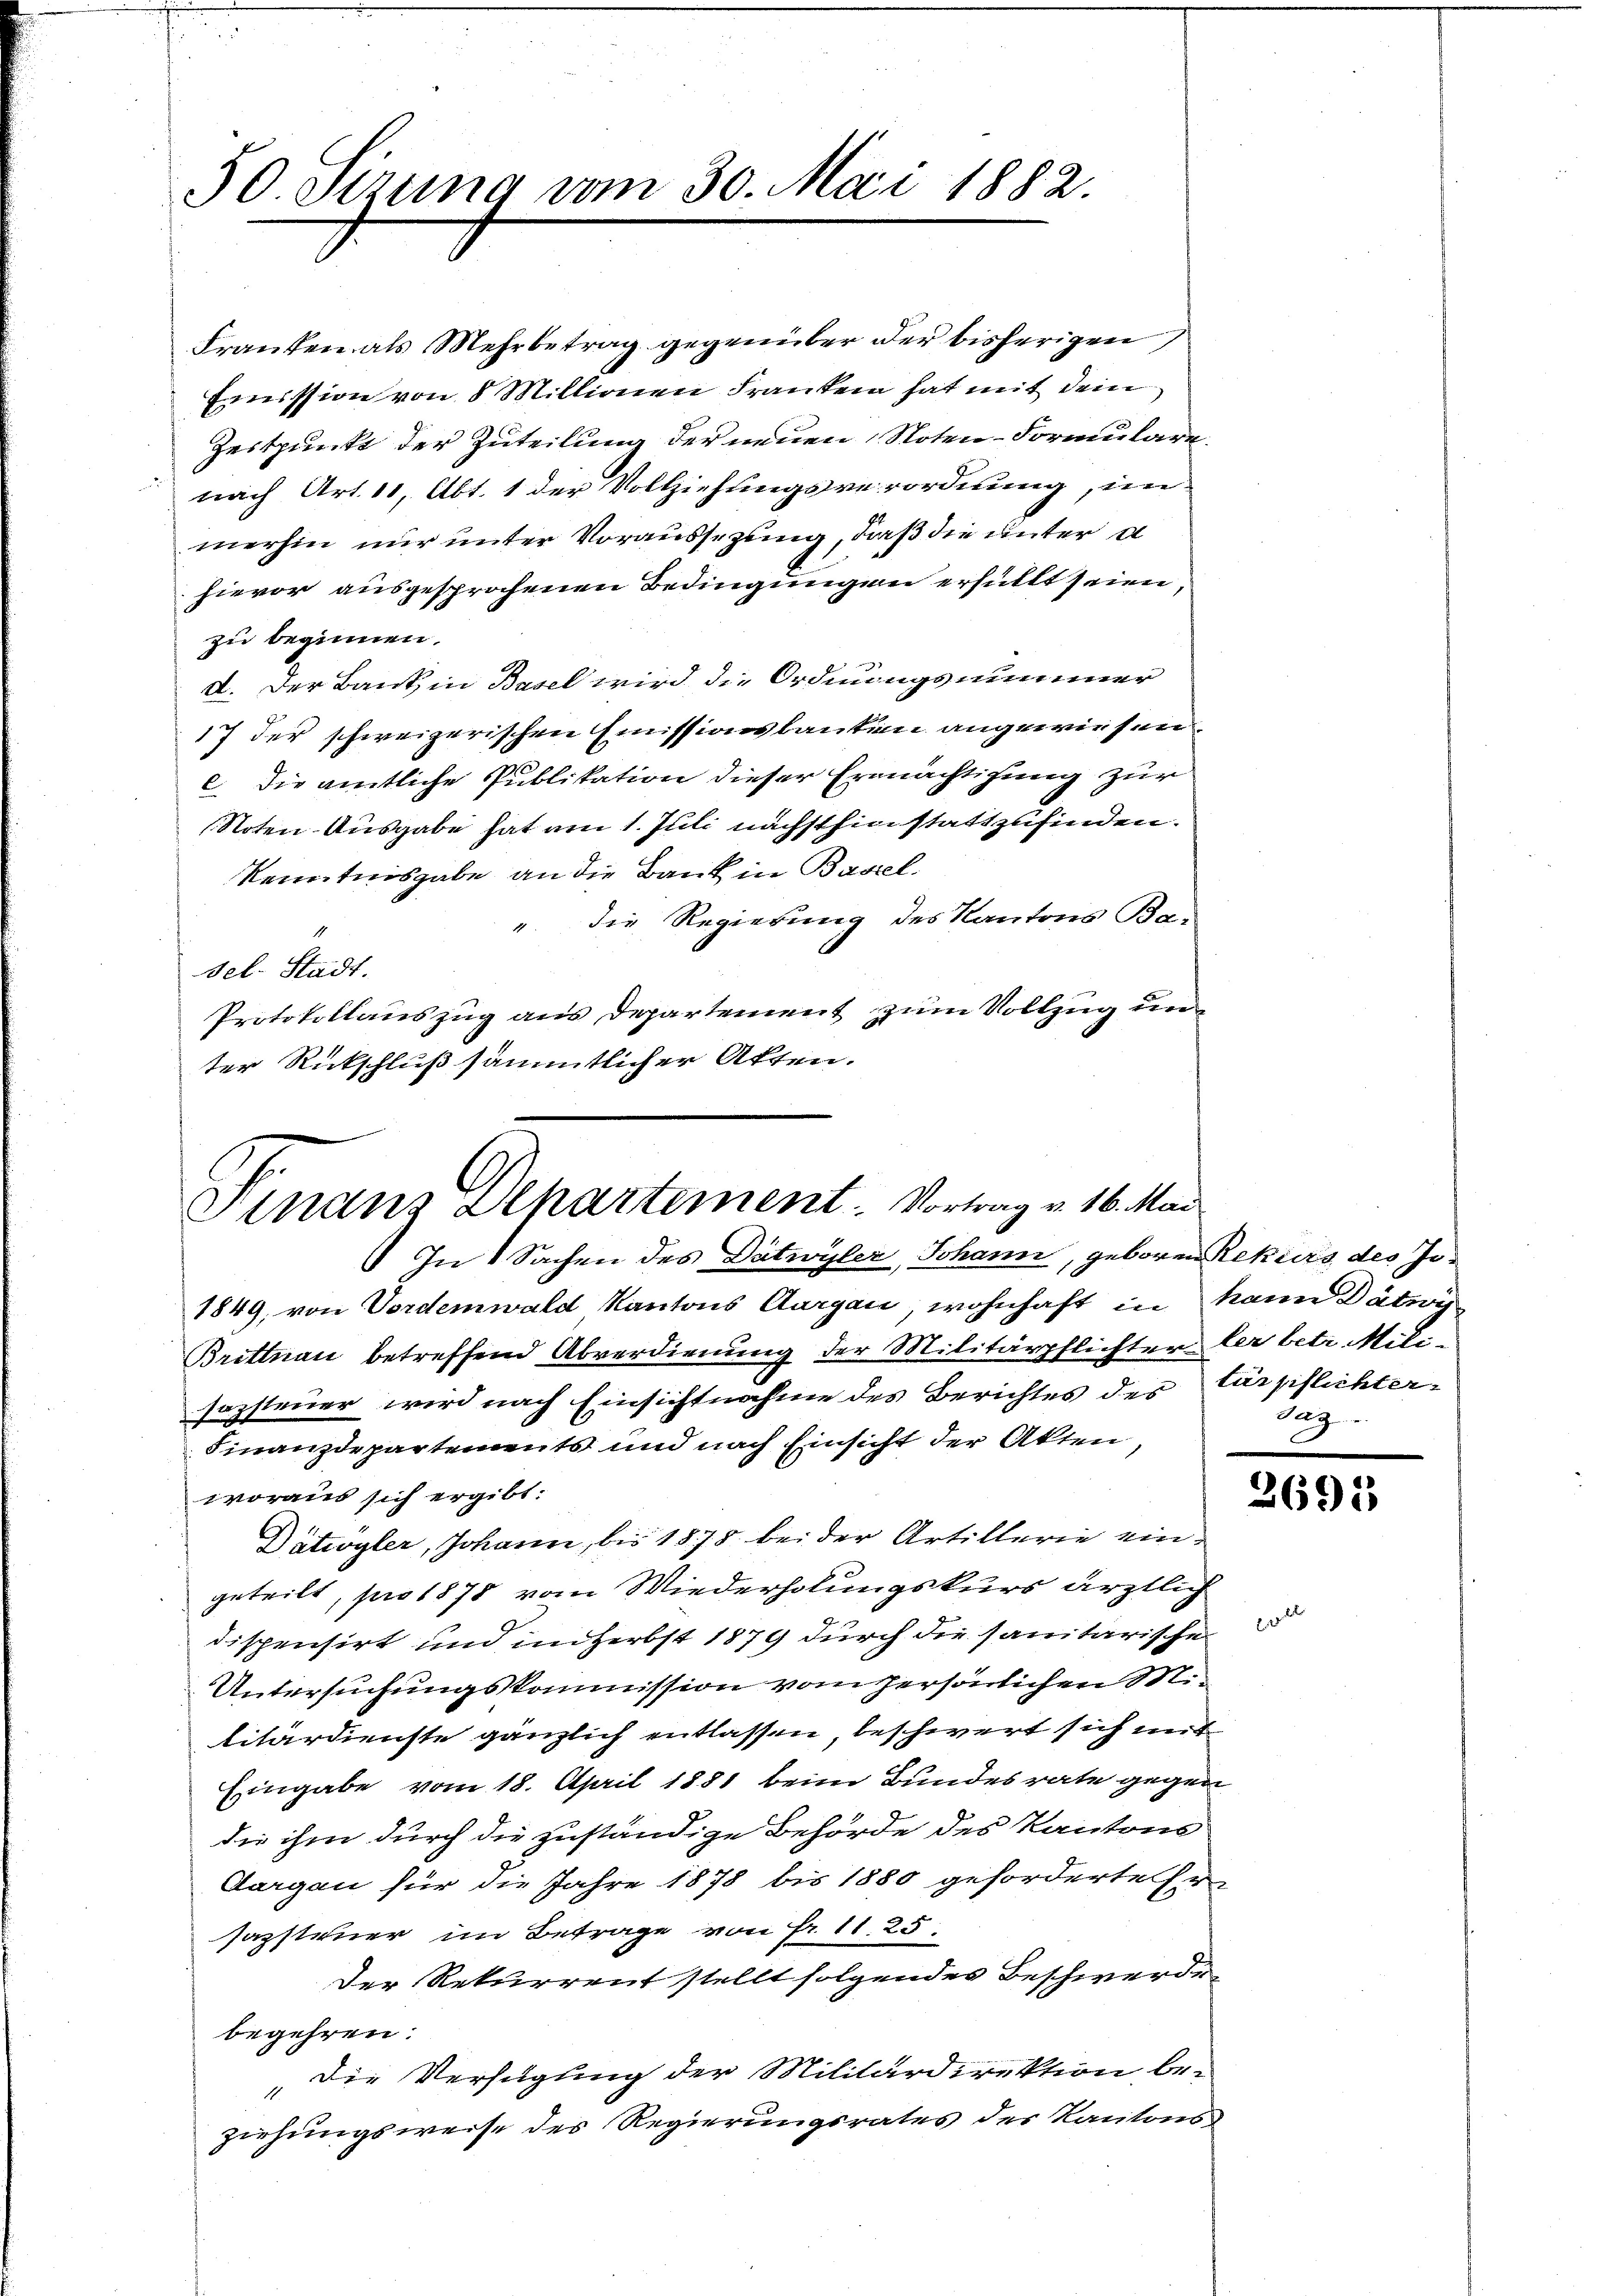
50. Sizung vom 30. Mai 1882.

Franken als Mehrbetrag gegenüber der bisherigen
Emission von 8 Millionen Frankein hat mit dem
Zeitpunkt der Zuteilung der neuen Noten-Formulare
nach Art. 11, Abt. 1 der Vollziehungsverordnung, im
merhin nur unter Voraussezung, daß die unter d
hievor ausgesprochenen Bedingungen erfüllt seien,
zu beginnen.
d. Der Bank, in Basel wird die Ordnungssummer
17 der schweizerischen Emissionsbauten angewiesen
c die amtliche Publikation dieser Ermächtigung zur
(Noten Ausgabe hat am 1. Juli nächsthin stattzufinden.
Kenntnisgabe an die Bank in Basel.
. die Regierung des Kantons Ba-
sel. Stadt.
Protokollauszug aus Departement zum Vollzug unter Rückschluß sämmtlicher Akten.

Finanz Alpartement. Vortrag v. 16. Mai
In 1 Sachen des Dätwyler, Johann, geboren Rekurs des Jo¬

1849, von Vordemwald Kantons Aargau, wohnhaft in kann Dätwy
Brittnau betreffend Abverdienung der Militärpflichter der betr. Milisazsteuer wird nach Einsichtnahme des Berichtes des Cärpflichter-
Finanzdepartements und nach Einsicht der Akten
woraus sich ergibt:
Dätiogler, Johann, bis 1878 bei der Artillerie eingeteilt, pro 1878 vom Wiederholungskurs ärztlich
dispensirt und im Herbst 1879 durch die sanitarische
Untersuchungskommission vom persönlichen S.
litärdienste gänzlich entlassen, beschwert sich mit
Eingabe vom 18. April 1881 beim Bundesrate gegen
die ihm durch die zuständige Behörde des Kantons
Aargau für die Jahre 1878 bis 1880 geforderte Er
sazsteuer im Betrage von Fr. 11. 25.
Der Rekurrent stellt folgendes Beschwerden
begehren.
Die Verfügung der Militärdirektion be¬
1
ziehungsweise des Regierungsrates des Kantons

daz
2695